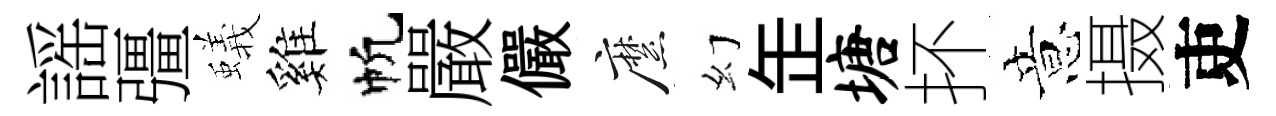
謡彊蟻雞帆嚴儼縻幻𦈢塘抔意摄吏